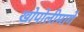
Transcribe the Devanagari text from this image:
खोपोलीमार्गे